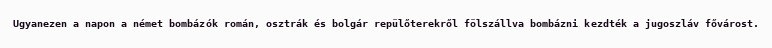
Ugyanezen a napon a német bombázók román, osztrák és bolgár repülőterekről fölszállva bombázni kezdték a jugoszláv fővárost.